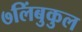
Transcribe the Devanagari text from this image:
७लिंबुकुल